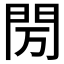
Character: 𰿘